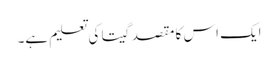
ایک اس کا مقصد گیتا کی تعلیم ہے۔